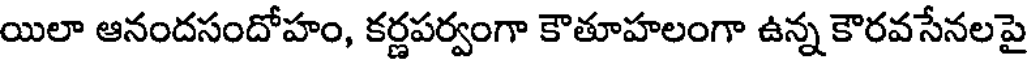
యిలా ఆనందసందోహం, కర్ణపర్వంగా కౌతూహలంగా ఉన్న కౌరవసేనలపై